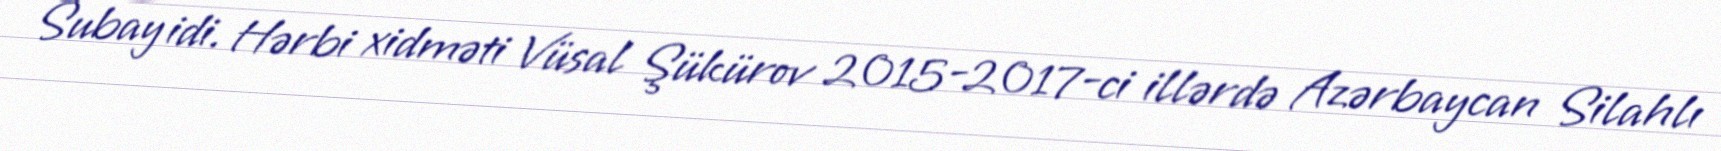
Subay idi. Hərbi xidməti Vüsal Şükürov 2015-2017-ci illərdə Azərbaycan Silahlı